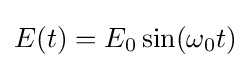
E(t)=E_{0}\sin(\omega _{0}t)